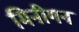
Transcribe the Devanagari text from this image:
मिनीगन